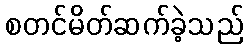
စတင်မိတ်ဆက်ခဲ့သည်